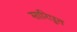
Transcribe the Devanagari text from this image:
सारिपुत